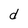
Character: d